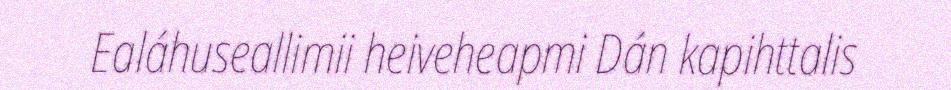
Ealáhuseallimii heiveheapmi Dán kapihttalis